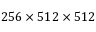
2 5 6 \times 5 1 2 \times 5 1 2